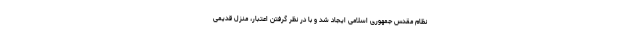
نظام مقدس جمهوری اسلامی ایجاد شد و با در نظر گرفتن اعتبار، منزل قدیمی